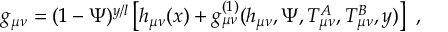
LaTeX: g _ { \mu \nu } = ( 1 - \Psi ) ^ { y / l } \left[ h _ { \mu \nu } ( x ) + g _ { \mu \nu } ^ { ( 1 ) } ( h _ { \mu \nu } , \Psi , T _ { \mu \nu } ^ { A } , T _ { \mu \nu } ^ { B } , y ) \right] \ ,